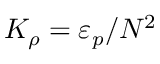
K _ { \rho } = \varepsilon _ { p } / N ^ { 2 }